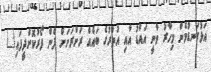
އަޅުގަނޑުމެން މިހާރު ވާނީ އައްޑު އާއި އުތުރުގެ ބައެއް ރަށްރަށަށް ފެން ފޯރުކޮށްދީފައި"